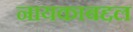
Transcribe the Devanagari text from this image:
नायकाबद्दल